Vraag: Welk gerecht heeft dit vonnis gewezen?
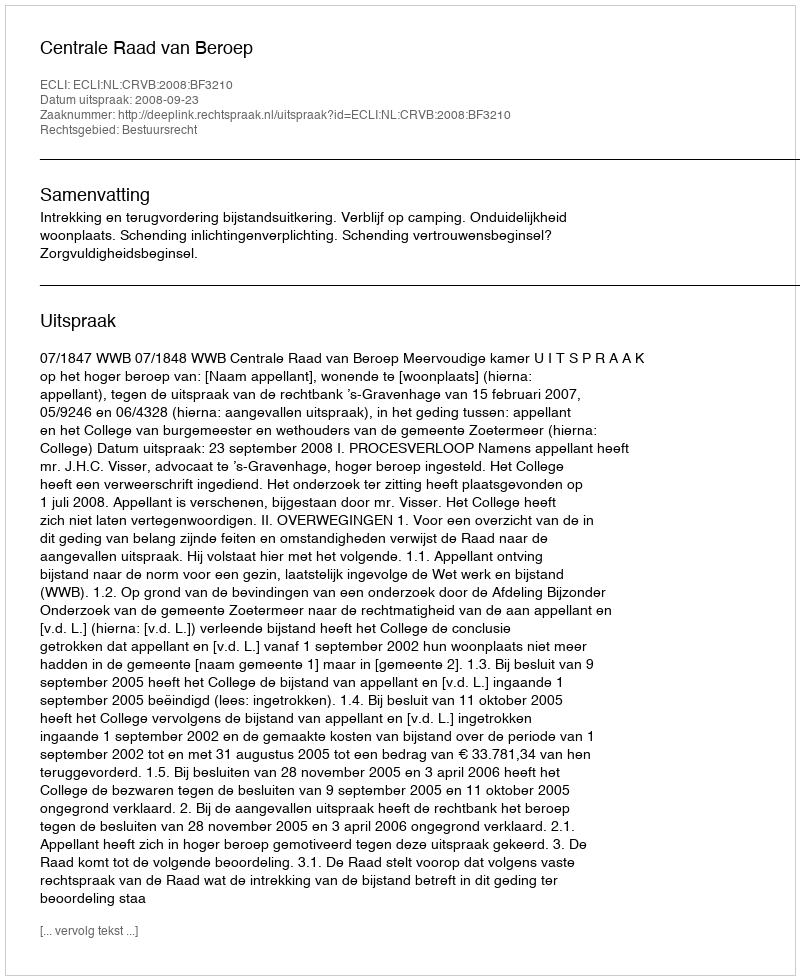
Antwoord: Centrale Raad van Beroep